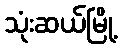
သုံးဆယ်မြို့